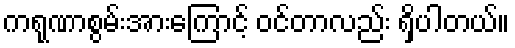
ကရုဏာစွမ်းအားကြောင့် ဝင်တာလည်း ရှိပါတယ်။